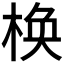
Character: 𪲰